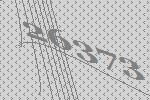
26373